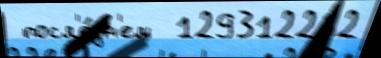
 посл'е́дн'ем  129312282